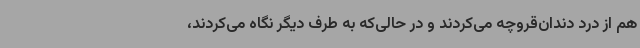
هم از درد دندان‌قروچه می‌کردند و در حالی‌که به طرف دیگر نگاه می‌کردند،